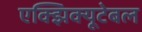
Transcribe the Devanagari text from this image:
एक्झिक्यूटेबल